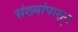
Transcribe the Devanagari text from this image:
संख्यांपासून